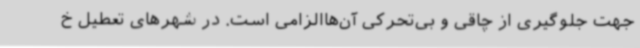
جهت جلوگیری از چاقی و بی‌تحرکی آن‌هاالزامی است. در شهرهای تعطیل خ